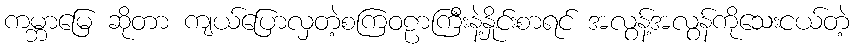
ကမ္ဘာမြေ ဆိုတာ ကျယ်ပြောလှတဲ့စကြဝဠာကြီးနဲ့နှိုင်းစာရင် အလွန့်အလွန်ကိုသေးငယ်တဲ့